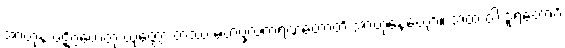
အာဟုနံ ပဋိဂ္ဂဟေတုံ ယုတ္တော တဿ မဟပ္ဖလကရဏတောတိ အာဟုနေယျော။ အထ ဝါ ဒူရတောပိ